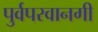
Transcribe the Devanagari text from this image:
पुर्वपरवानगी